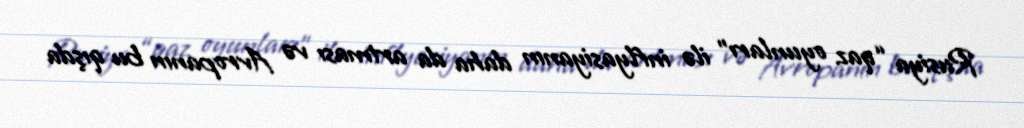
Rusiya “qaz oyunları” ilə inflyasiyanın daha da artması və Avropanın bu qışda